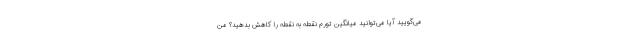
می‌گویید آیا می‌توانید میانگین تورم نقطه به نقطه را کاهش بدهید؟ من